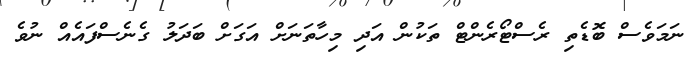
ނަމަވެސް ބޮޑެތި ރެސްޓޯރެންޓް ތަކުން އަދި މިހާތަނަށް އަގަށް ބަދަލު ގެނެސްފައެއް ނުވެ